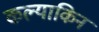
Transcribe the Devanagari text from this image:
कल्याकिन